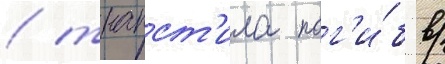
/ трапст'ила пог'и́б в